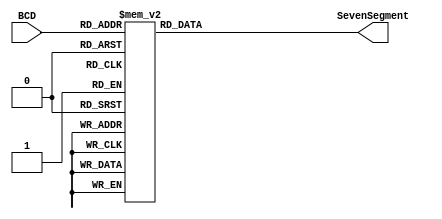
module BCD_Decoder(
    input [3:0]BCD,
    output reg [6:0]SevenSegment
);
//------------------------------------------------------------------------------
// Combinational circuit to convert BCD input to seven-segment output
always @(BCD) 
begin
case(BCD)
    // gfedcba
    4'd0 : SevenSegment <= 7'b0111111;  //     a
    4'd1 : SevenSegment <= 7'b0000110;  //    ----
    4'd2 : SevenSegment <= 7'b1011011;  //   |   |
    4'd3 : SevenSegment <= 7'b1001111;  //  f| g |b
    4'd4 : SevenSegment <= 7'b1100110;  //    ----
    4'd5 : SevenSegment <= 7'b1101101;  //   |   |
    4'd6 : SevenSegment <= 7'b1111101;  //  e|   |c
    4'd7 : SevenSegment <= 7'b0000111;  //    ----
    4'd8 : SevenSegment <= 7'b1111111;  //      d
    4'd9 : SevenSegment <= 7'b1101111;
default: SevenSegment <= 7'b0000000;
endcase
end
//--------------------------------------------------------------
endmodule